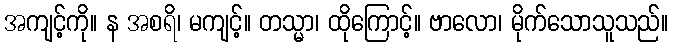
အကျင့်ကို။ န အစရိ၊ မကျင့်။ တသ္မာ၊ ထိုကြောင့်။ ဗာလော၊ မိုက်သောသူသည်။